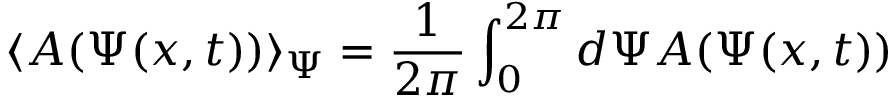
\langle A ( \Psi ( x , t ) ) \rangle _ { \Psi } = \frac { 1 } { 2 \pi } \int _ { 0 } ^ { 2 \pi } d \Psi A ( \Psi ( x , t ) )